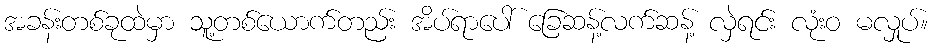
အခန်းတစ်ခုထဲမှာ သူ့တစ်ယောက်တည်း အိပ်ရာပေါ် ခြေဆန့်လက်ဆန့် လှဲရင်း လုံးဝ မလှုပ်။